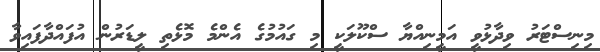
މިނިސްޓަރު ވިދާޅުވީ އަމީނިއްޔާ ސްކޫލަކީ މި ގައުމުގެ އެންމެ މޮޅެތި ލީޑަރުން އުފައްދާފައިވާ